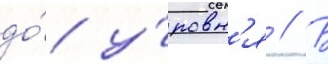
до́ у́ровн'я // В